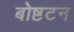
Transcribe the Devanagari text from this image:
बोष्टटन